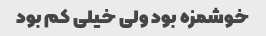
خوشمزه بود ولی خیلی کم بود